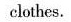
clothes.